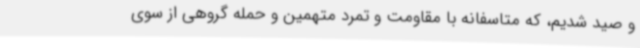
و صید شدیم، که متاسفانه با مقاومت و تمرد متهمین و حمله گروهی از سوی